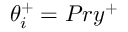
\theta _ { i } ^ { + } = P r y ^ { + }